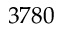
3 7 8 0